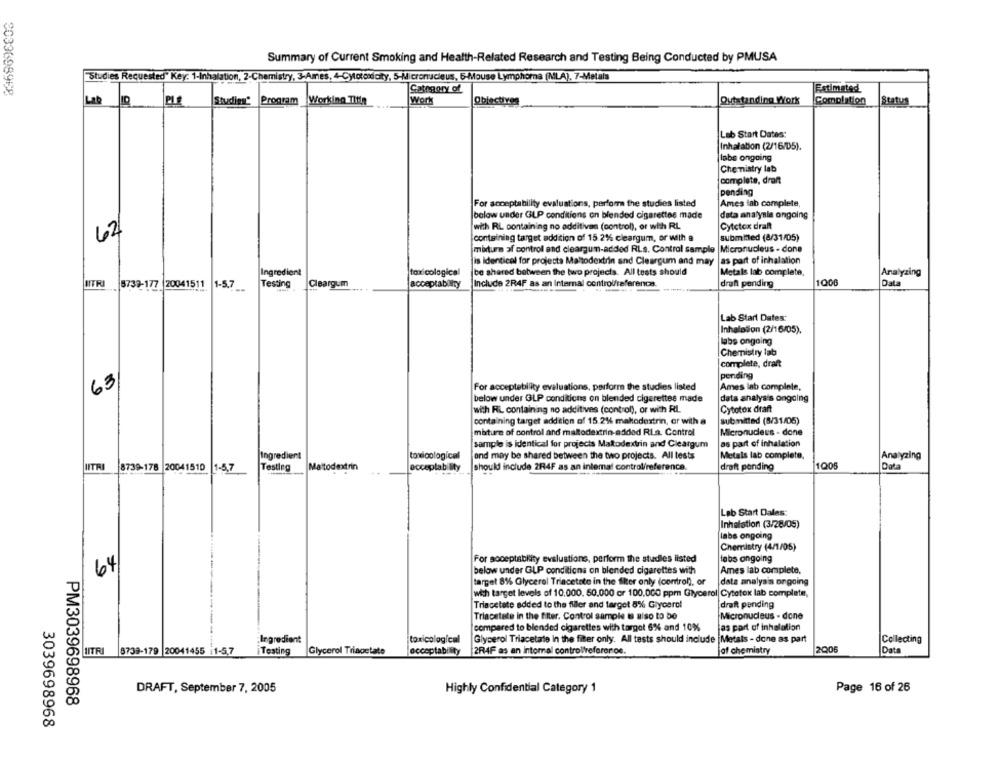
Summary of Current Smoking and Health-Related Research and Testing Being Conducted by PMUSA
Studies Requested" Key: 1-Inhalation, 2-Chemistry, 3-Amnes, 4-Cytotoxicity, 5-Micronucleus, 6-Mouse Lymphoma (MLA). 7-Metala
2033698968
Category of
Estimated
Lab
Work
Obiectiven
Comolation
Studing" Program
Working Title
Outstanding Work
Status
Lab Start Dates:
Inhalation (2/16/05).
labs ongoing
Chemistry lab
complete, draft
pending
For acceptability evaluations, perform the studies listed
Ames lab complete,
below under GLP conditions on blended cigarettes made
data analysis ongoing
with RL containing no additives (control), or with RL
Cytctex draft
62
submitted (8/31/05)
containing target addition of 15.2%% cleargum, or with a
mixture of control and cleargum-added RLs. Control sample
Micronucleus - done
as part of inhalation
is Identical for projects Maltodextrin and Cleargum and may
Ingredient
toxi cological
be shared between the two projects. All tests should
Metals lab complete
Analyzing
ITRI
5733-177 20041511
Testing
Cleargum
acceptability
Include 2R4F as an Internal control/referenca.
Data
1-5.7
draft pending
Lab Start Dates:
Inhalolion (2/16/05).
labs ongoing
Chemistry lab
complete, draft
63
pending
For acceptebility evaluations, perform the studies listed
Ames lab complete,
below under GLP conditions on blended cigarettes made
data analysis ongoing
with RIL containing no additives (control), or with RL
Cytotox draft
containing target addition of 15.2%% maltodextrin, or with a
submitted (8/31/05)
mixture of control and maltodextrin-added RLa. Control
Micronucleus - done
as part of inhalation
sample is identical for projects Maltodextrin and Cleargum
Ingredient
toxicological
and may be shared between the two projects. All tests
Metals lab complete.
Analyzing
HITRI
8739-178 20041510
Testing
should include 2R4F as an internal control/reference
1Q05
Data
1-5,7
Maltodextrin
acceptability
draft pending
Lab Start Dales:
Inhalation (3/28/05)
labs ongoing
Chemistry (4/1/05)
For soceptability evaluations, perform the studies listed
labs ongoing
64
below under GLP conditions on blended cigarettes with
Ames lab completa,
target 8% Glycerol Triacetate in the filter only (control), or
data analysis ongoing
with target levels of 10.000. 50.000 or 100.000 ppm Glycerol Cytotox lab complete,
Triacetate added to the fiiler and target 8% Glycerol
draft pending
Triacetate in the filter. Control sample te Biso to be
Micronucleus - done
compared to blended cigarettes with target 6% and 10%
as part of inhalation
:Ingredient
toxicological
Glycerol Triacetate In the filter only. All tests should include |Metals - done as part
Collecting
IITR
8739-179 20041455 1-5,7
iTesting
Glycerol Triagetate
acceptability
2R4F as an internal controlfreforeroe.
jof chemistry
2006
Data
DRAFT, September 7, 2005
Highly Confidential Category 1
Page 16 of 26
PM3039698968
3039698968